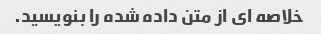
خلاصه ای از متن داده شده را بنویسید.